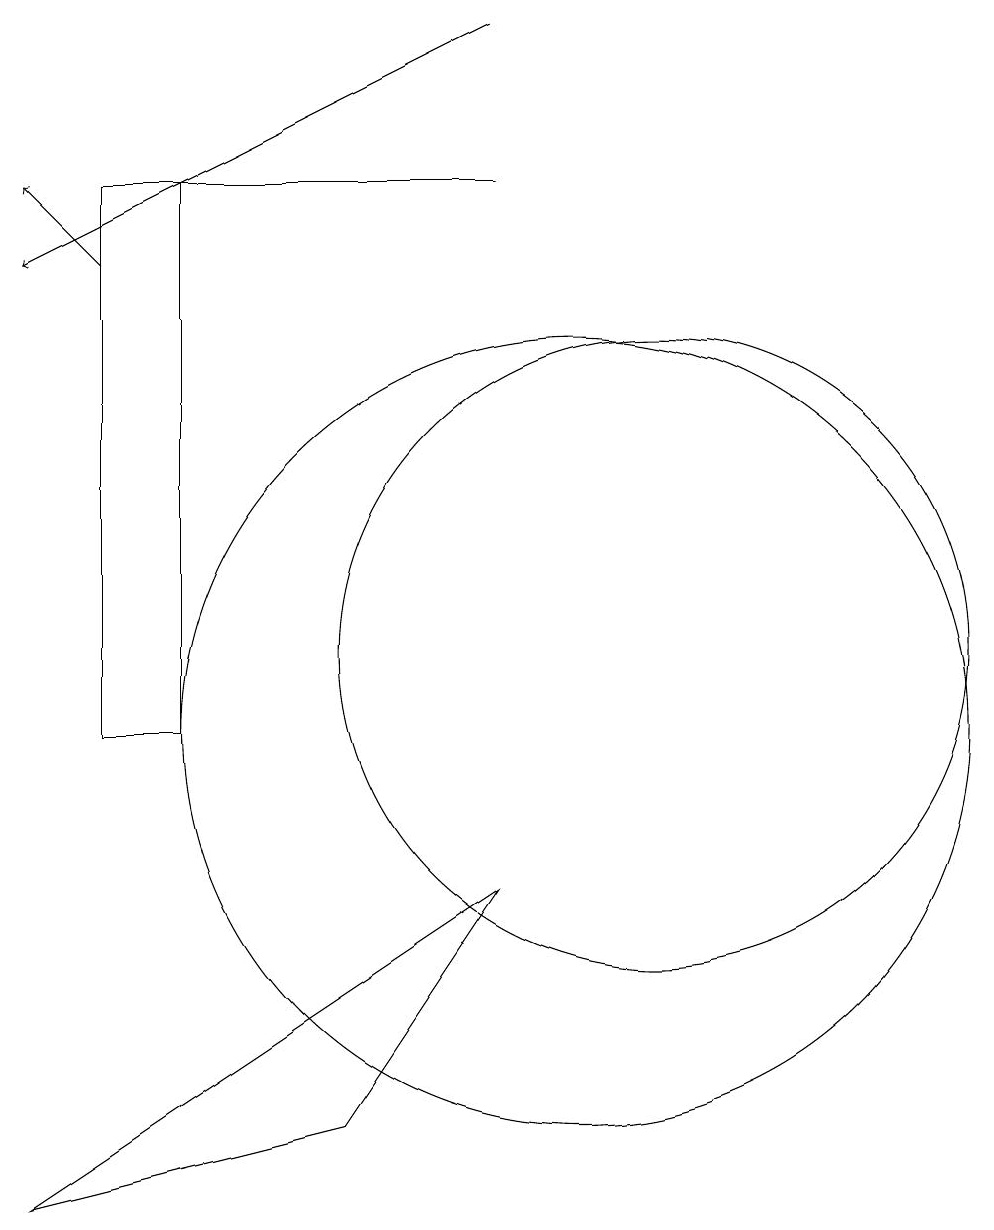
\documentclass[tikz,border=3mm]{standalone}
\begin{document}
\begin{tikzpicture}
\draw[->] (4,16) -- (3,17);
\draw (7,5) -- (3,4) -- (9,8) -- cycle;
\draw (4,10) rectangle (5,17);
\draw (10,10) circle (5);
\draw (11,11) circle (4);
\draw[->] (9,19) -- (3,16);
\draw (4,17) rectangle (9,17);
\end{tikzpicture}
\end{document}